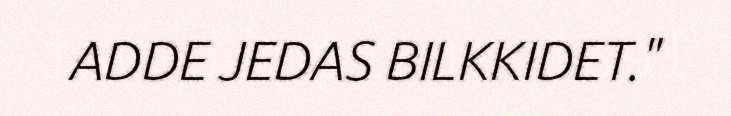
ADDE JEDAS BILKKIDET."